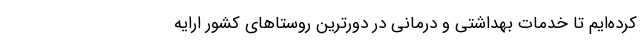
کرده‌ایم تا خدمات بهداشتی و درمانی در دورترین روستاهای کشور ارایه